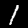
Digit: 1